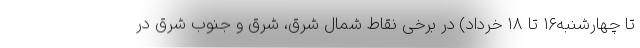
تا چهارشنبه۱۶ تا ۱۸ خرداد) در برخی نقاط شمال شرق، شرق و جنوب شرق در